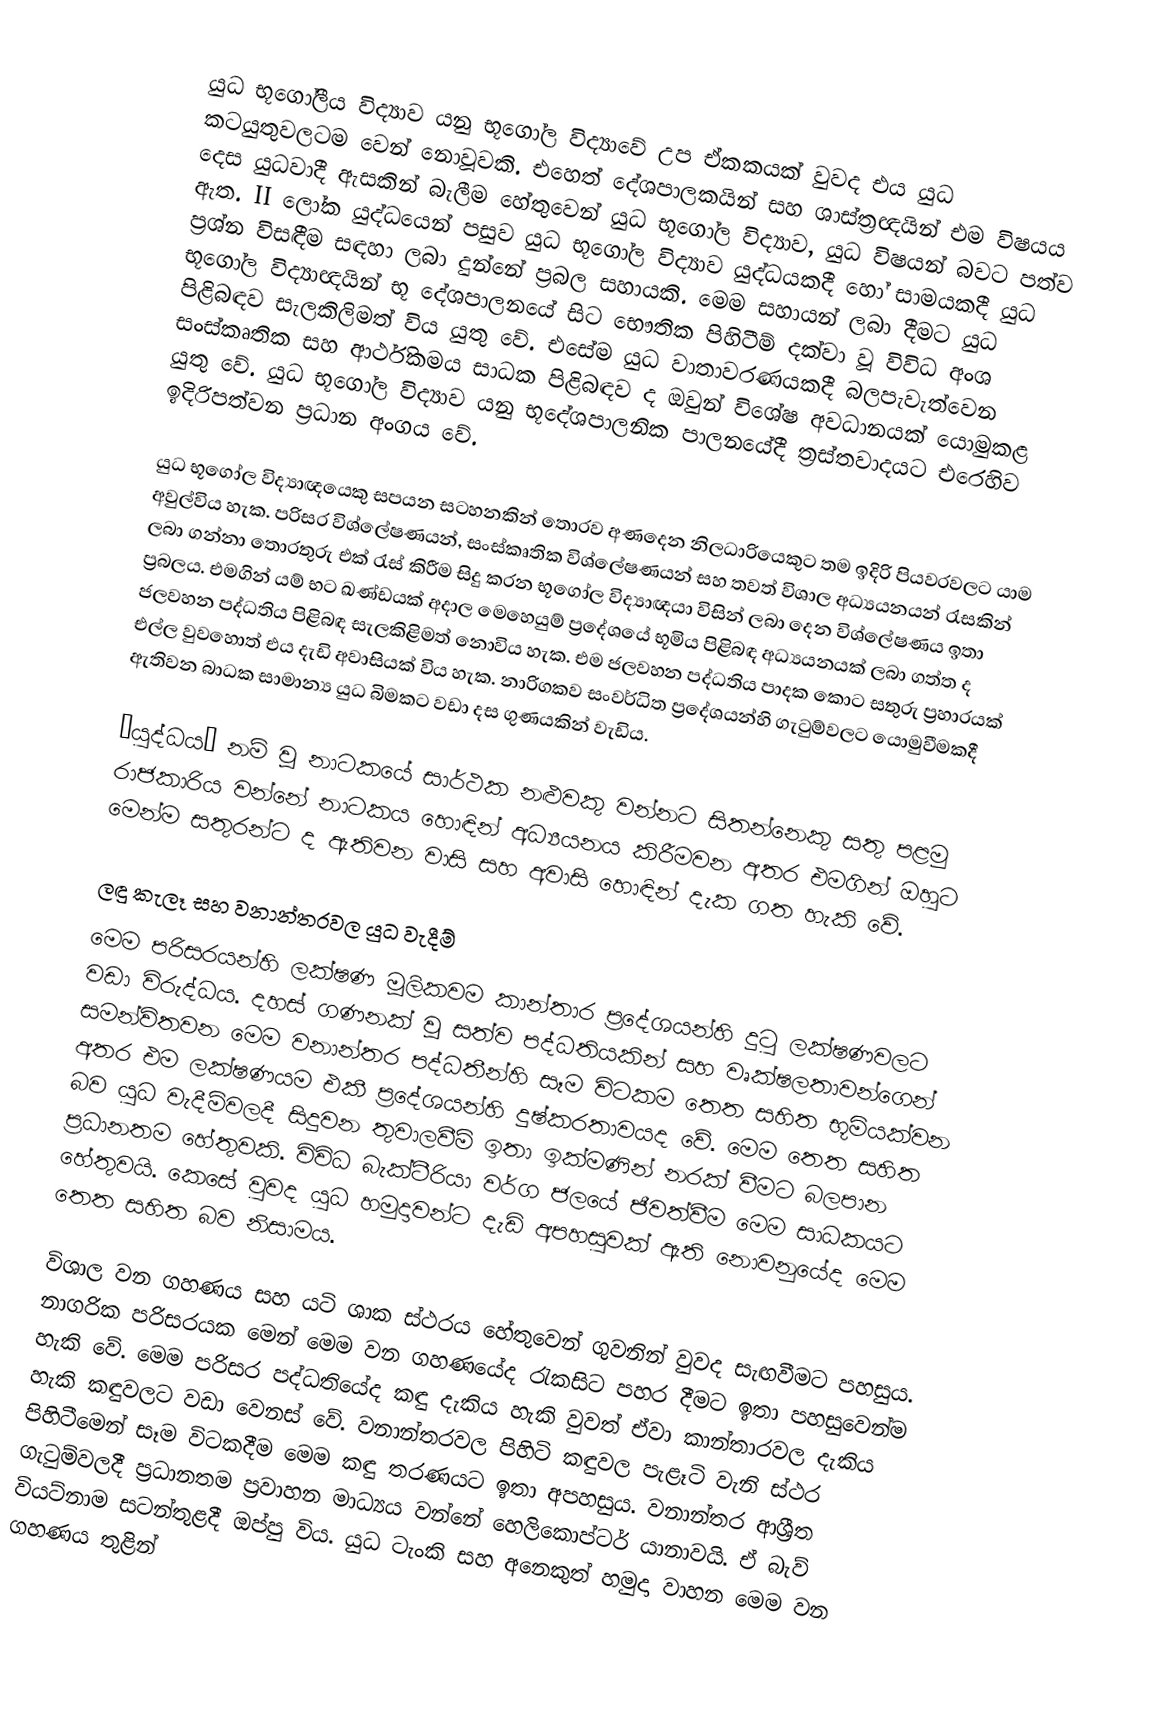
යුධ භූගෝලීය විද්‍යාව යනු භූගෝල විද්‍යාවේ උප ඒකකයක් වුවද එය යුධ කටයුතුවලටම වෙන් නොවූවකි. එහෙත් දේශපාලකයින් සහ ශාස්ත්‍රඥයින් එම විෂයය දෙස යුධවාදී ඇසකින් බැලීම හේතුවෙන් යුධ භූගෝල විද්‍යාව, යුධ විෂයන් බවට පත්ව ඇත. II ලෝක යුද්ධයෙන් පසුව යුධ භූගෝල විද්‍යාව යුද්ධයකදී හෝ සාමයකදී යුධ ප්‍රශ්න විසඳීම සඳහා ලබා දුන්නේ ප්‍රබල සහායකි. මෙම සහායන් ලබා දීමට යුධ භූගෝල විද්‍යාඥයින් භූ දේශපාලනයේ සිට භෞතික පිහිටීම් දක්වා වූ විවිධ අංශ පිළිබඳව සැලකිලිමත් විය යුතු වේ. එසේම යුධ වාතාවරණයකදී බලපැවැත්වෙන සංස්කෘතික සහ ආර්ථිකමය සාධක පිළිබඳව ද ඔවුන් විශේෂ අවධානයක් යොමුකළ යුතු වේ.  යුධ භූගෝල විද්‍යාව යනු භූදේශපාලනික පාලනයේදී ත්‍රස්තවාදයට එරෙහිව ඉදිරිපත්වන ප්‍රධාන අංගය වේ.

යුධ භූගෝල විද්‍යාඥයෙකු සපයන සටහනකින් තොරව අණදෙන නිලධාරියෙකුට තම ඉදිරි පියවරවලට යාම අවුල්විය හැක. පරිසර විශ්ලේෂණයන්, සංස්කෘතික විශ්ලේෂණ‍යන් සහ තවත් විශාල අධ්‍යයනයන් රැසකින් ලබා ගන්නා තොරතුරු එක් රැස් කිරීම සිදු කරන භූගෝල විද්‍යාඥයා විසින් ලබා දෙන විශ්ලේෂණය ඉතා ප්‍රබලය. එමගින් යම් භට ඛණ්ඩයක් අදාල මෙහෙයුම් ප්‍රදේශයේ භූමිය පිළිබඳ අධ්‍යයනයක් ලබා ගත්ත ද ජලවහන පද්ධතිය පිළිබඳ සැලකිළිමත් නොවිය හැක. එම ජලවහන පද්ධතිය පාදක කොට සතුරු ප්‍රහාරයක් එල්ල වුවහොත් එය දැඩි අවාසියක් විය හැක. නාරිගකව සංවර්ධිත ප්‍රදේශයන්හි ගැටුම්වලට යොමුවීමකදී ඇතිවන බාධක සාමාන්‍ය යුධ බිමකට වඩා දස ගුණයකින් වැඩිය.

“යුද්ධය” නම් වූ නාටකයේ සාර්ථක නළුවකු වන්නට  සිතන්නෙකු සතු පළමු රාජකාරිය වන්නේ නාටකය හොඳින් අධ්‍යයනය කිරීමවන අතර එමගින් ඔහුට මෙන්ම සතුරන්ට ද ඇතිවන වාසි සහ අවාසි හොඳින් දැක ගත හැකි වේ.

ලඳු කැලෑ සහ වනාන්තරවල යුධ වැදීම්
මෙම පරිසරයන්හි ලක්ෂණ මූලිකවම කාන්තාර ප්‍රදේශයන්හි දුටු ලක්ෂණවලට වඩා විරුද්ධය. දහස් ගණනක් වූ සත්ව පද්ධතියකින් සහ වෘක්ෂලතාවන්ගෙන් සමන්විතවන මෙම වනාන්තර පද්ධතීන්හි සෑම විටකම තෙත සහිත භූමියක්වන අතර එම ලක්ෂණයම එකී ප්‍රදේශයන්හි දුෂ්කරතාවයද වේ. මෙම තෙත සහිත බව යුධ වැදීම්වලදී සිදුවන තුවාලවීම් ඉතා ඉක්මණින් නරක් වීමට බලපාන ප්‍රධානතම හේතුවකි. විවිධ බැක්ටීරියා වර්ග ජලයේ ජීවත්වීම මෙම සාධකයට හේතුවයි. කෙසේ වුවද යුධ හමුදාවන්ට දැඩි අපහසුවක් ඇති නොවනුයේද මෙම තෙත සහිත බව නිසාමය.

විශාල වන ගහණය සහ යටි ශාක ස්ථරය හේතුවෙන් ගුවනින් වුවද සැඟවීමට පහසුය. නාගරික පරිසරයක මෙන් මෙම වන ගහණයේද රැකසිට පහර දීමට ඉතා පහසුවෙන්ම හැකි වේ. මෙම පරිසර පද්ධතියේද කඳු දැකිය හැකි වුවත් ඒවා කාන්තාරවල දැකිය හැකි කඳුවලට වඩා වෙනස් වේ. වනාන්තරවල පිහිටි කඳුවල පැළෑටි වැනි ස්ථර පිහිටීමෙන් සෑම විටකදීම මෙම කඳු තරණයට ඉතා අපහසුය. වනාන්තර ආශ්‍රීත ගැටුම්වලදී ප්‍රධානතම ප්‍රවාහන මාධ්‍යය වන්නේ හෙලිකොප්ටර් යානාවයි. ඒ බැව් වියට්නාම සටන්තුළදී ඔප්පු විය. යුධ ටැංකි සහ අනෙකුත් හමුදා වාහන මෙම වන ගහණය තුළින්